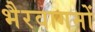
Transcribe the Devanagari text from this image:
भैरवागमों